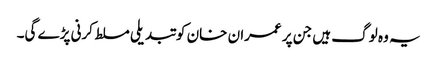
یہ وہ لوگ ہیں جن پر عمران خان کو تبدیلی مسلط کرنی پڑے گی۔